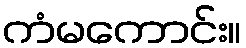
ကံမကောင်း။